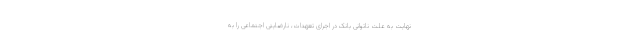
نهایت به علت ناتوانی بانک در اجرای تعهدات، نارضایتی اجتماعی را به